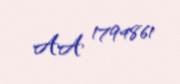
AA 1794861